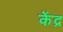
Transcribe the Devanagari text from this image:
केंद्र